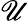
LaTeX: \mathscr{U}